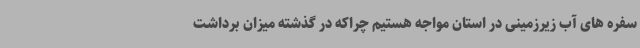
سفره های آب زیرزمینی در استان مواجه هستیم چراکه در گذشته میزان برداشت